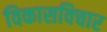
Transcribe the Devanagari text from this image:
विकासविचार